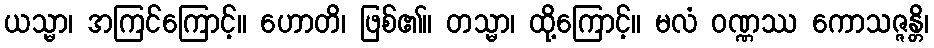
ယသ္မာ၊ အကြင်ကြောင့်။ ဟောတိ၊ ဖြစ်၏။ တသ္မာ၊ ထို့ကြောင့်။ မလံ ဝဏ္ဏဿ ကောသဇ္ဇန္တိ၊